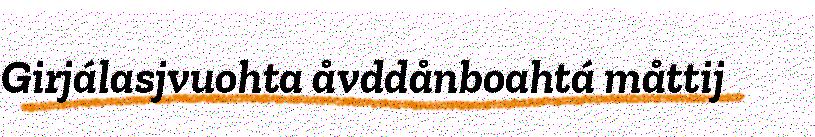
Girjálasjvuohta åvddånboahtá måttij